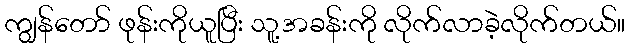
ကျွန်တော် ဖုန်းကိုယူပြီး သူ့အခန်းကို လိုက်လာခဲ့လိုက်တယ်။